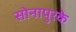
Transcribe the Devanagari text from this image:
सोनापुरके